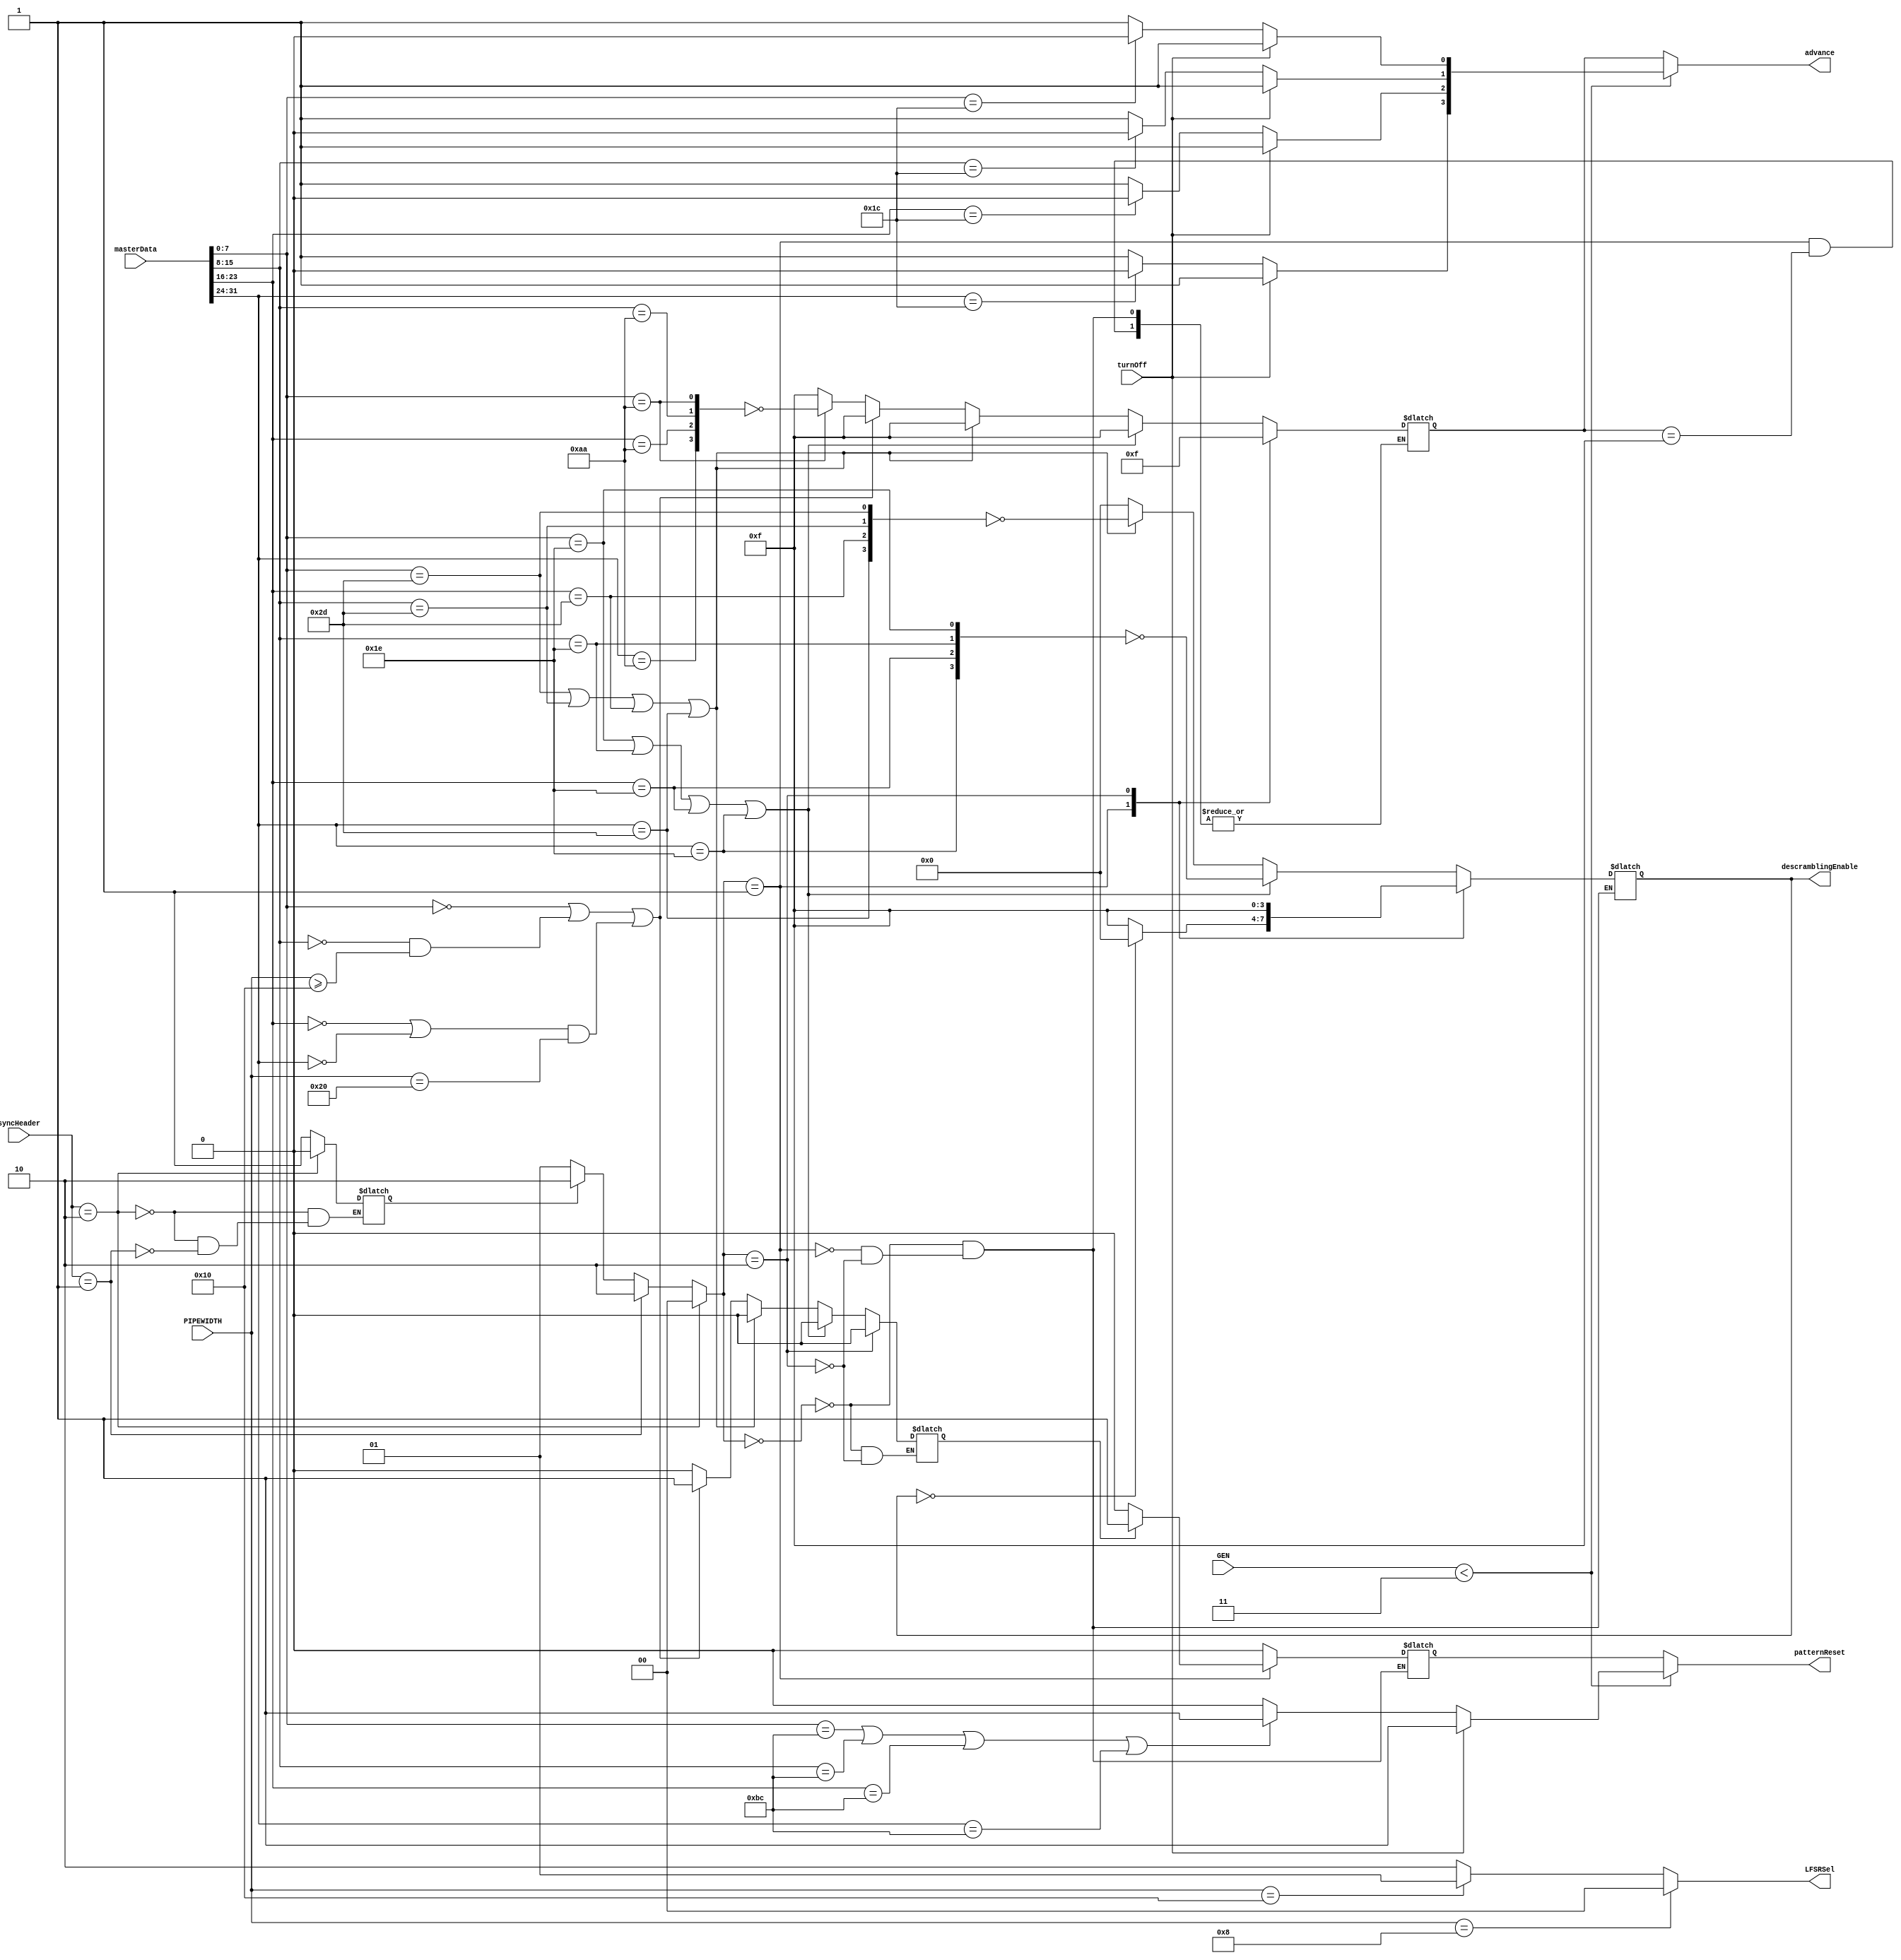
module Master(input wire turnOff, input wire [1:0]syncHeader, input wire [5:0]PIPEWIDTH, input wire [31:0]masterData, input [2:0]GEN,
		output wire patternReset, output wire [1:0]LFSRSel, output wire [3:0]advance, output reg [3:0]descramblingEnable);

		
	localparam SKP = 28, COM = 188, SKPGEN3 = 8'hAA, EIEOS = 8'h00, TS1 = 8'h1E, TS2 = 8'h2D;
	localparam os = 2'b00, osInside = 2'b01, data = 2'b10;
	reg [1:0]state;
	reg ptrnReset, ptrnResetGEN3, EIEOSFlag, dataFlag;
	reg [3:0]write, writeGEN3;
	
	always@*
		if(turnOff)	//must be turned off by LTSSM to make sure that TS1&TS2 data doesn't get scrambled
			begin
			ptrnReset = 1;
			write = 4'hF;
			end
		else
			begin	
			write = 4'hF;
			ptrnReset = 0;
			if(masterData[7:0] == COM || masterData[15:8] == COM || masterData[23:16] == COM || masterData[31:24] == COM)
				ptrnReset = 1;
			if(masterData[7:0] == SKP)
				write[0] = 0; 
			if(masterData[15:8] == SKP)
				write[1] = 0;
			if(masterData[23:16] == SKP)
				write[2] = 0;
			if(masterData[31:24] == SKP)
				write[3] = 0;
			end
			
	always@*
		begin
		if(syncHeader == 2'b10)
			begin
			state = os;
			dataFlag = 0;
			end
		else if(syncHeader == 2'b01)
			begin
			state = data;
			dataFlag = 1;
			end
		else
			begin
			dataFlag = dataFlag;
			state = (dataFlag)? data:osInside;
			end
			
		case(state)
			os: 
				begin
				writeGEN3 = 4'hF;
				ptrnResetGEN3 = 0;
				descramblingEnable = 0;
				EIEOSFlag = 0;
				if (masterData[7:0]==TS1 || masterData[15:8]==TS1 || masterData[23:16]==TS1 || masterData[31:24]==TS1)
					descramblingEnable = ~{masterData[31:24]==TS1, masterData[23:16]==TS1, masterData[15:8]==TS1, masterData[7:0]==TS1};
				else if (masterData[7:0]==TS2 || masterData[15:8]==TS2 || masterData[23:16]==TS2 || masterData[31:24]==TS2)
					descramblingEnable = ~{masterData[31:24]==TS2, masterData[23:16]==TS2, masterData[15:8]==TS2, masterData[7:0]==TS2};
				else if(masterData[7:0] == EIEOS || ((masterData[15:8] == EIEOS)&&PIPEWIDTH>=16) || ((masterData[23:16] == EIEOS || masterData[31:24] == EIEOS)&&PIPEWIDTH==32))
					EIEOSFlag = 1;
				else if(masterData[7:0] == SKPGEN3)
					writeGEN3 = ~{masterData[31:24]==SKPGEN3, masterData[23:16]==SKPGEN3, masterData[15:8]==SKPGEN3, masterData[7:0]==SKPGEN3};
				end
			osInside:
				begin
				ptrnResetGEN3 = (EIEOSFlag)? 1:0;
				writeGEN3 = (writeGEN3 == 4'hF)? writeGEN3 : 4'b0;
				descramblingEnable = (descramblingEnable == 0)? 0 : 4'hF;
				end
			data: 
				begin
				EIEOSFlag = 0;
				ptrnResetGEN3 = 0;
				writeGEN3 = 4'hF;
				descramblingEnable = 4'b1111;
				end
		endcase
		end

	assign LFSRSel = (PIPEWIDTH == 8)?	0 : 
					 (PIPEWIDTH == 16)?	1 : 2;
	assign advance = (GEN < 3)? write:writeGEN3;
	assign patternReset = (GEN < 3)? ptrnReset:ptrnResetGEN3;

endmodule